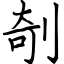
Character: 剞